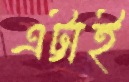
এট্টাই